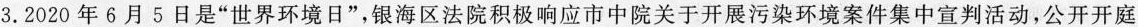
3.2020年6月5日是”世界环境日”，银海区法院积极响应市中院关于开展污染环境案件集中宣判活动，公开开庭